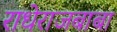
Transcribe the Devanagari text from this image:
राधेराजबाबा